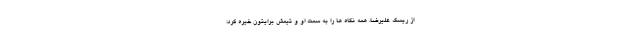
از ریسک علیرضا، همه نگاه ها را به سمت او و تیمش برایتون خیره کرد؛